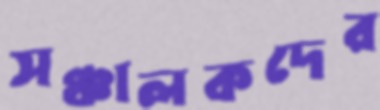
সঞ্চালকদের